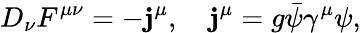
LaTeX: D_{\nu}F^{\mu\nu}=-\mathbf{j}^{\mu},\quad\mathbf{j}^{\mu}=g\bar{{\psi}}\gamma^{\mu}\psi,